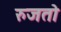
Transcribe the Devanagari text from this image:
रुजतो